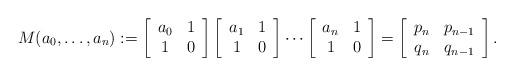
LaTeX: \begin{align*}M(a_0, \ldots, a_n) :=\left[ \begin{array}{cc} a_0 & 1 \\ 1 & 0 \end{array} \right]\left[ \begin{array}{cc} a_1 & 1 \\ 1 & 0 \end{array} \right]\cdots\left[ \begin{array}{cc} a_n & 1 \\ 1 & 0 \end{array} \right] =\left[ \begin{array}{cc} p_n & p_{n-1} \\ q_n & q_{n-1} \end{array}\right] .\end{align*}